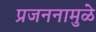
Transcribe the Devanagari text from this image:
प्रजननामुळे